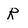
Character: R